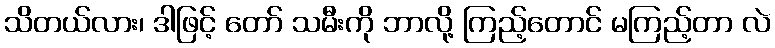
သိတယ်လား၊ ဒါဖြင့် တော် သမီးကို ဘာလို့ ကြည့်တောင် မကြည့်တာ လဲ